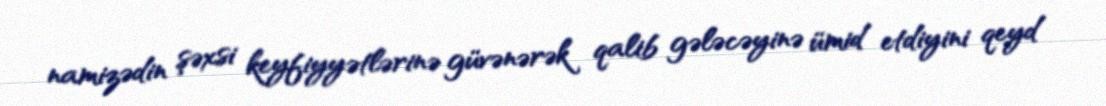
namizədin şəxsi keyfiyyətlərinə güvənərək qalib gələcəyinə ümid etdiyini qeyd